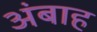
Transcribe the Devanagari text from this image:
अंबाह